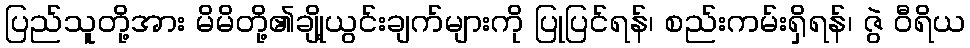
ပြည်သူတို့အား မိမိတို့၏ချို့ယွင်းချက်များကို ပြုပြင်ရန်၊ စည်းကမ်းရှိရန်၊ ဇွဲ ဝီရိယ